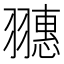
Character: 𦒎